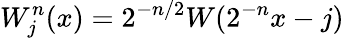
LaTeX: W_{j}^{n}(x)=2^{-n/2}W(2^{-n}x-j)